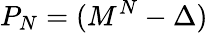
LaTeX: P_{N}=(M^{N}-\Delta)